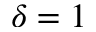
\delta = 1